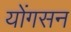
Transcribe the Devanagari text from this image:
योंगसन